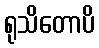
ရုသိတောပိ